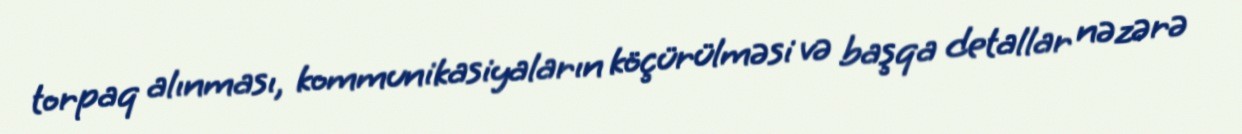
torpaq alınması, kommunikasiyaların köçürülməsi və başqa detallar nəzərə